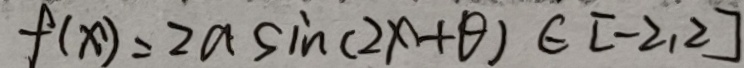
f ( x ) = 2 a \sin ( 2 x + \theta ) \in [ - 2 , 2 ]